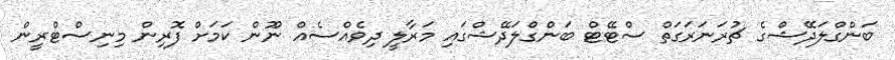
ބަންގްލަދޭޝްގެ ޗުރަނަރަގަތް ސްޓޭޓް ބަންގްލަދޭޝްގައި މަރާލީ ދިވެއްސެއް ނޫން ކަމަށް ފޮރިން މިނިސްޓްރީން